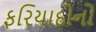
ફરિયાદોનો